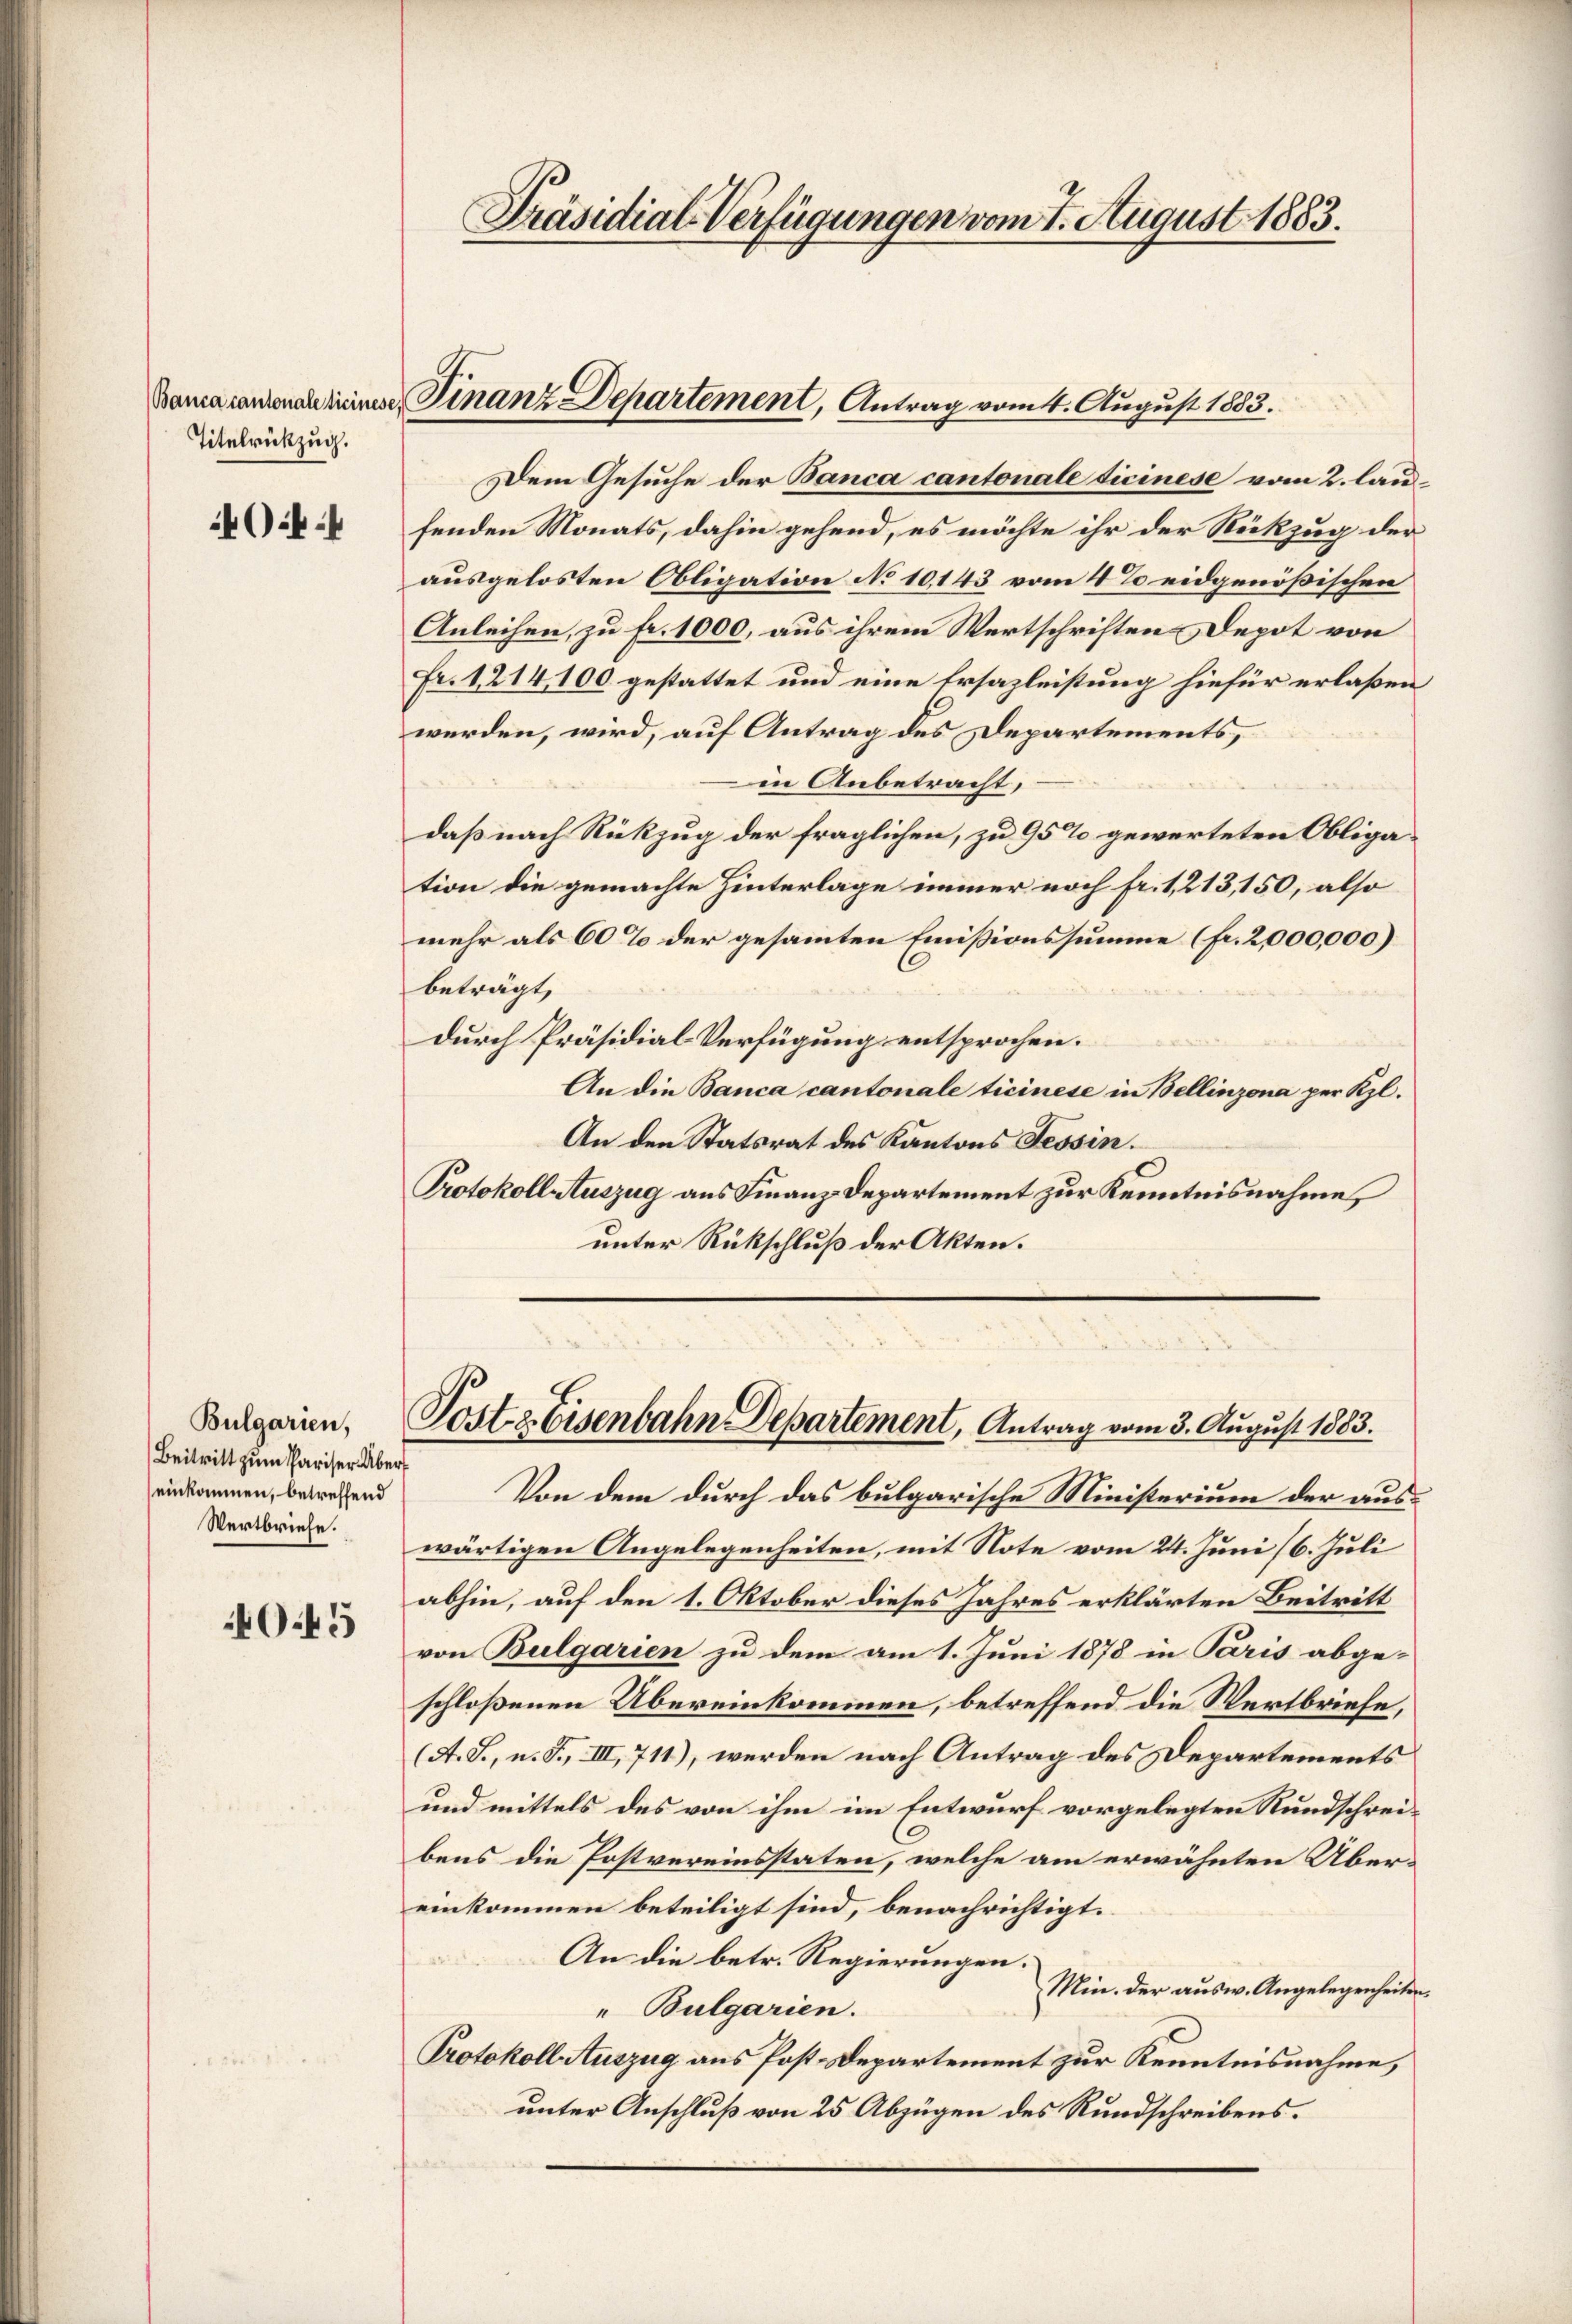
Titelrückzug.

44

Bulgarien,
Beitritt zum Pariser Übereinkommen, betreffend
Wertbriefe.

045

Dem Gesuche der Banca cantonale dicinese vom 2. laufenden Monats, dahin gehend, es möchte ihr der Rückzug der
ausgelosten Obligation No 10,143 vom 4te eidgenößischen
Anleihen, zu fr. 1000, aus ihrem Wertschriften Depot von
Fr. 1214,100 gestattet und eine Ersazleistung hiefür erlaßen
werden, wird, auf Antrag des Departements,
in Anbetracht,
daß nach Rückzug der fraglichen, zu 95% gewerteten Obligation die gemachte Hinterlage immer noch fr. 1, 213,150, also
mehr als 60% der gesammten Emissionssumme (fr. 2,000,000)
beträgt,
durch Präsidial-Verfügung entsprochen.
An die Banca cantonale ticinese in Bellinzona per Kl.
An den Statsrat des Kantons Tessin.
Protokoll Auszug aus Finanz-Departement zur Kenntnisnahme,
unter Rückschluß der Akten.

Präsidial-Verfügungen vom 1. August 1883.

Bauarantenan keiner Finanz Departement, Antrag vom 4. August 1883.

Poste Eisenbahn Departement, Antrag vom 3. August 1883.

Von dem durch das bulgarische Ministerium der auswärtigen Angelegenheiten, mit Note vom 24. Juni /6. Juli
abhin, auf den 1. Oktober dieses Jahres erklärten Beitritt,
von Bulgarien zu dem am 1. Juni 1878 in Paris abge-
schloßenen Übereinkommen, betreffend die Wertbriefe,
(A. S., n. F., III, 711), werden nach Antrag des Departements
und mittels des von ihm im Entwurf vorgelegten Rundschreibens die Postvereinsstaten, welche am erwähnten Übereinkommen beteiligt sind, benachrichtigt.
An die betr. Regierungen.
Min. der ausw. Angelegenheiten.
"Bulgarien.
Protokoll Auszug aus Post-Departement zur Kenntnisnahme,
unter Anschluß von 25 Abzügen des Rundschreibens.